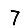
Digit: 7